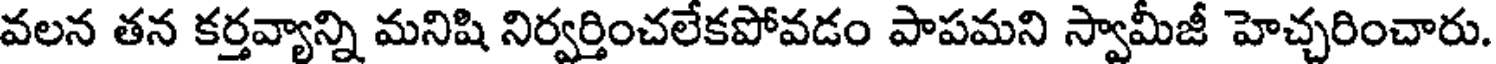
వలన తన కర్తవ్యాన్ని మనిషి నిర్వర్తించలేకపోవడం పాపమని స్వామీజీ హెచ్చరించారు.